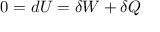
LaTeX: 0 = d U = \delta W + \delta Q